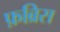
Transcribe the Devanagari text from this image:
फ़ब्रिस